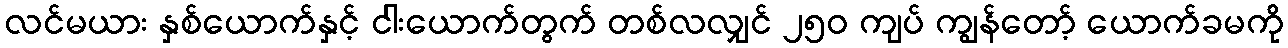
လင်မယား နှစ်ယောက်နှင့် ငါးယောက်တွက် တစ်လလျှင် ၂၅၀ ကျပ် ကျွန်တော့် ယောက်ခမကို